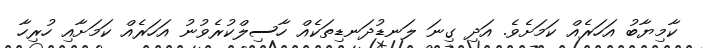
ކާމިޔާބު އަހަރެއް ކަމަށެވެ. އަދި ގިނަ ލަނޑުދަނޑިތަކެއް ހާސިލްކުރެވުނު އަހަރެއް ކަމަށާއި ހުރިހާ